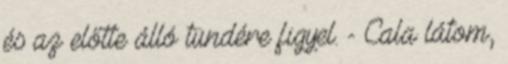
és az előtte álló tündére figyel. - Cala látom,